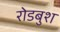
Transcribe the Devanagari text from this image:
रोडबुश